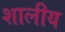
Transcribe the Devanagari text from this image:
शालीय